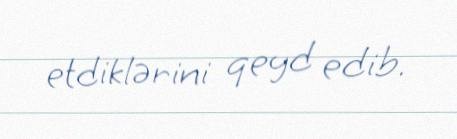
etdiklərini qeyd edib.